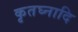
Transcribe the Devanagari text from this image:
कृतघ्नादि